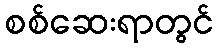
စစ်ဆေးရာတွင်